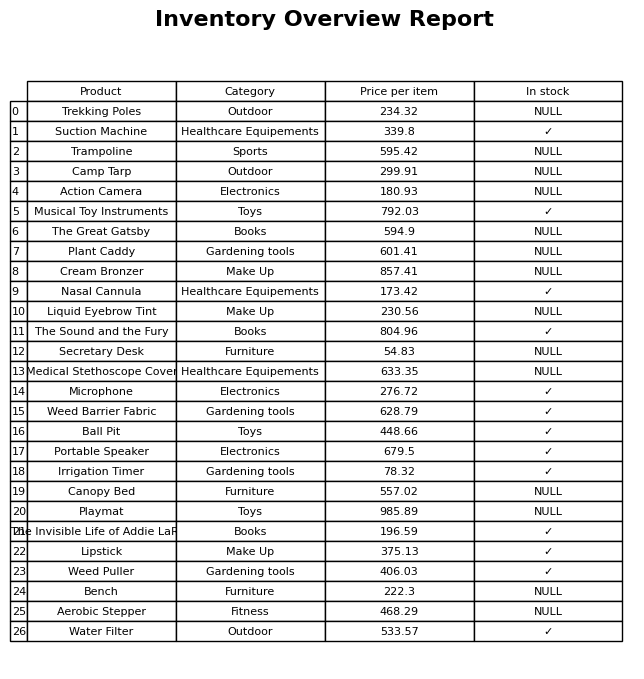
question: What is the price of the Musical Toy Instruments?
answer: The price of Musical Toy Instruments is 792.03.